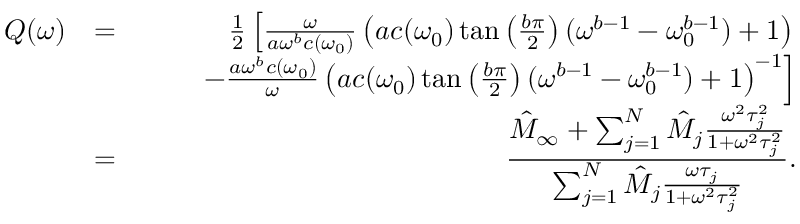
\begin{array} { r l r } { Q ( \omega ) } & { = } & { \frac { 1 } { 2 } \left[ \frac { \omega } { a \omega ^ { b } c ( \omega _ { 0 } ) } \left( a c ( \omega _ { 0 } ) \tan \left( \frac { b \pi } { 2 } \right) ( \omega ^ { b - 1 } - \omega _ { 0 } ^ { b - 1 } ) + 1 \right) \right. } \\ & { } & { \left. \qquad - \frac { a \omega ^ { b } c ( \omega _ { 0 } ) } { \omega } \left( a c ( \omega _ { 0 } ) \tan \left( \frac { b \pi } { 2 } \right) ( \omega ^ { b - 1 } - \omega _ { 0 } ^ { b - 1 } ) + 1 \right) ^ { - 1 } \right] } \\ & { = } & { \displaystyle \frac { \hat { M } _ { \infty } + \sum _ { j = 1 } ^ { N } \hat { M } _ { j } \frac { \omega ^ { 2 } \tau _ { j } ^ { 2 } } { 1 + \omega ^ { 2 } \tau _ { j } ^ { 2 } } } { \sum _ { j = 1 } ^ { N } \hat { M } _ { j } \frac { \omega \tau _ { j } } { 1 + \omega ^ { 2 } \tau _ { j } ^ { 2 } } } . } \end{array}